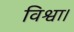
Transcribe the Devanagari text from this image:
विश्वा।